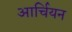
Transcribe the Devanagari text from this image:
आर्चियन